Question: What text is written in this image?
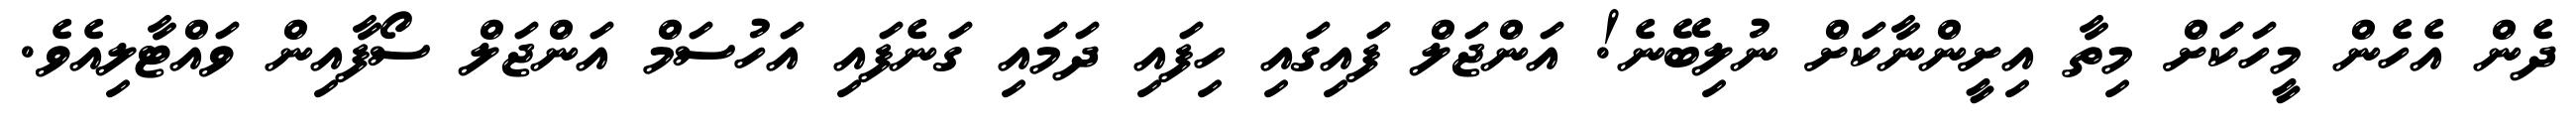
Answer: ދެން އެހެން މީހަކަށް މިތާ އިށީންނާކަށް ނުލިބޭނެ! އަންޖަލް ފައިގައި ހިފައި ދަމައި ގަނެފައި އަހުސަމް އަންޖަލް ސޯފާއިން ވައްޓާލިއެވެ.